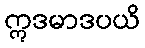
ဣဒမာဒပယိ